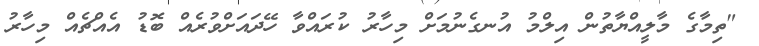
"ތިމާގެ މާލީއްޔާތުން އިލްމު އުނގެނުމަށް މިހާރު ކުރައްވާ ހޭދައަށްވުރެއް ބޮޑު އެއްޗެއް މިހާރު